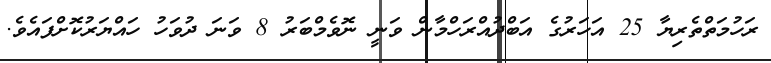
ރަހުމަތްތެރިޔާ 25 އަހަރުގެ އަބްދުއްރަހްމާން ވަނީ ނޮވެމްބަރު 8 ވަނަ ދުވަހު ހައްޔަރުކޮށްފައެވެ.